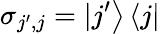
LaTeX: \sigma_{j^{\prime},j}=\left.\vert j^{\prime}\right\rangle\left\langle j\vert\right.